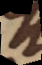
s